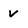
Character: V